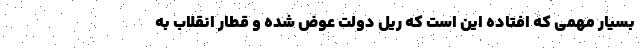
بسیار مهمی که افتاده این است که ریل دولت عوض شده و قطار انقلاب به